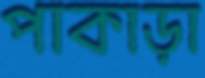
পাকাড়া